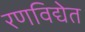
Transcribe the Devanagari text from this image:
रणविद्येत